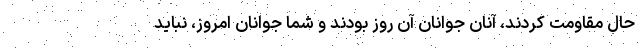
حال مقاومت کردند، آنان جوانان آن روز بودند و شما جوانان امروز، نباید